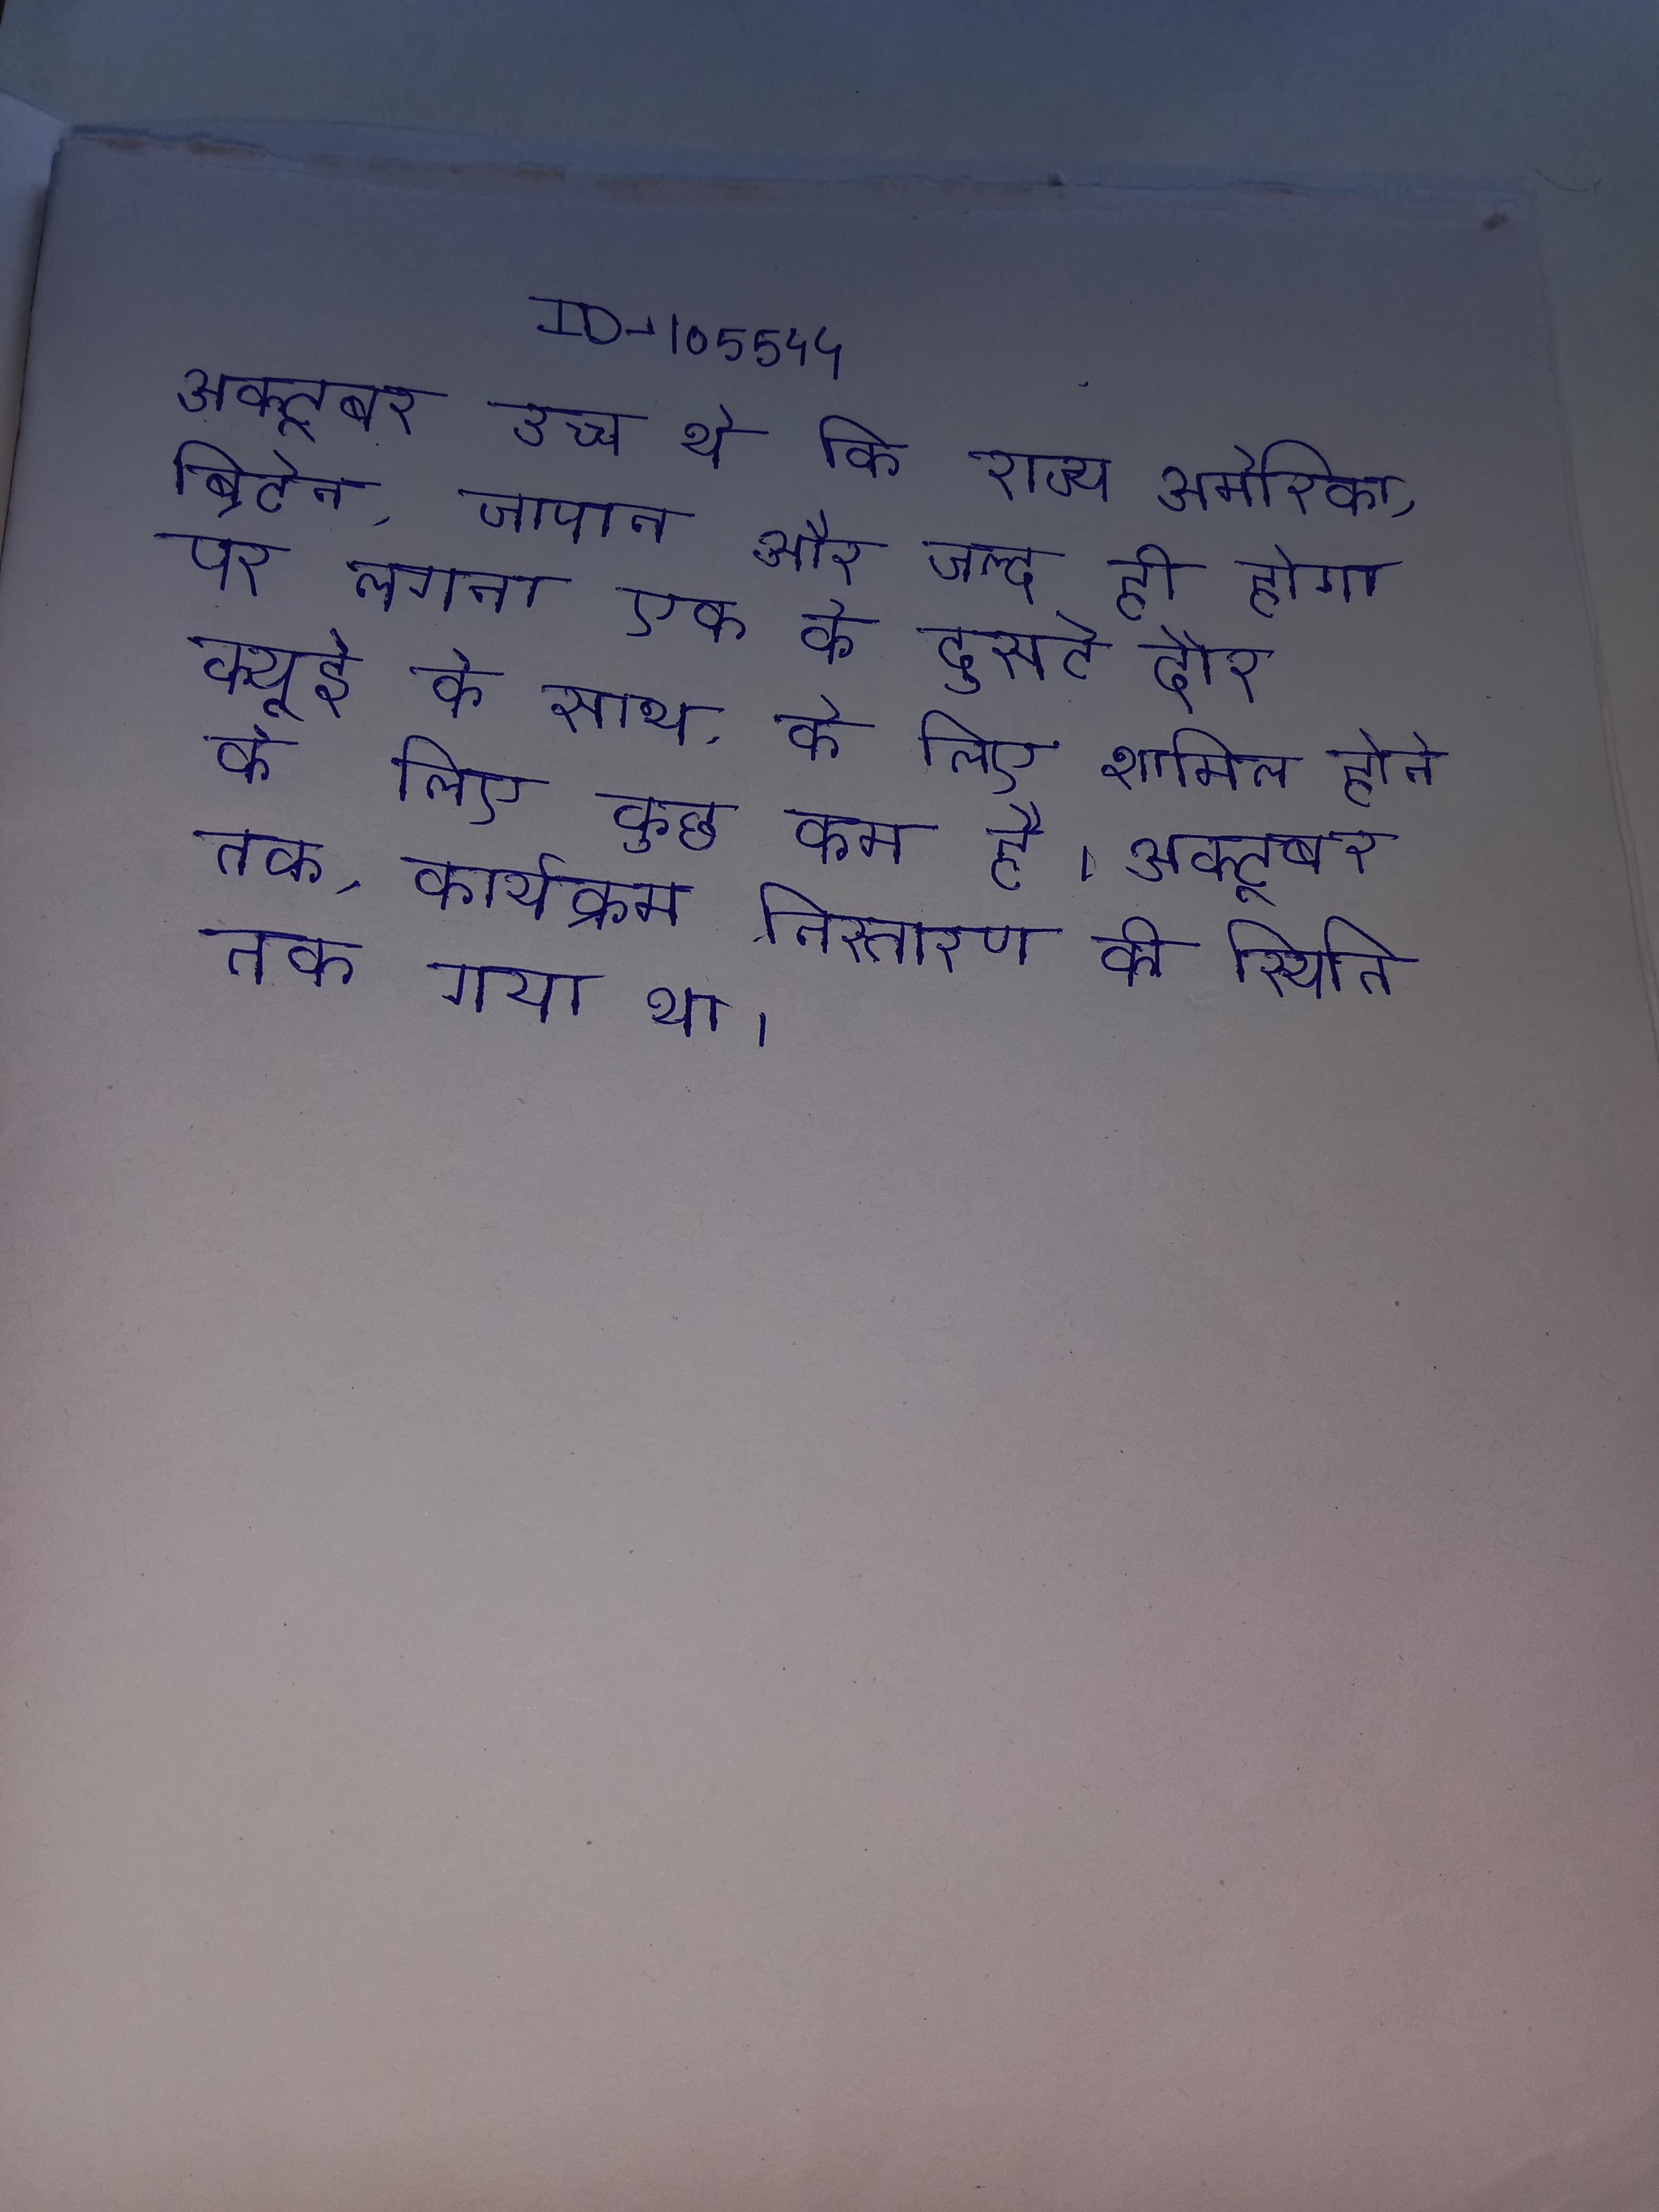
अक्टूबर उच्च थे कि राज्य अमेरिका, ब्रिटेन, जापान और जल्द ही होगा पर लगना एक के दूसरे दौर क्यूई के साथ, के लिए शामिल होने के लिए कुछ कम है । अक्टूबर तक, कार्यक्रम निस्तारण की स्थिति तक गया था ।